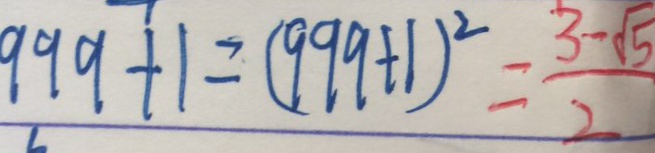
9 9 9 + 1 = ( 9 9 9 + 1 ) ^ { 2 } = \frac { 3 - \sqrt { 5 } } { 2 }